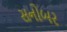
સનોબર